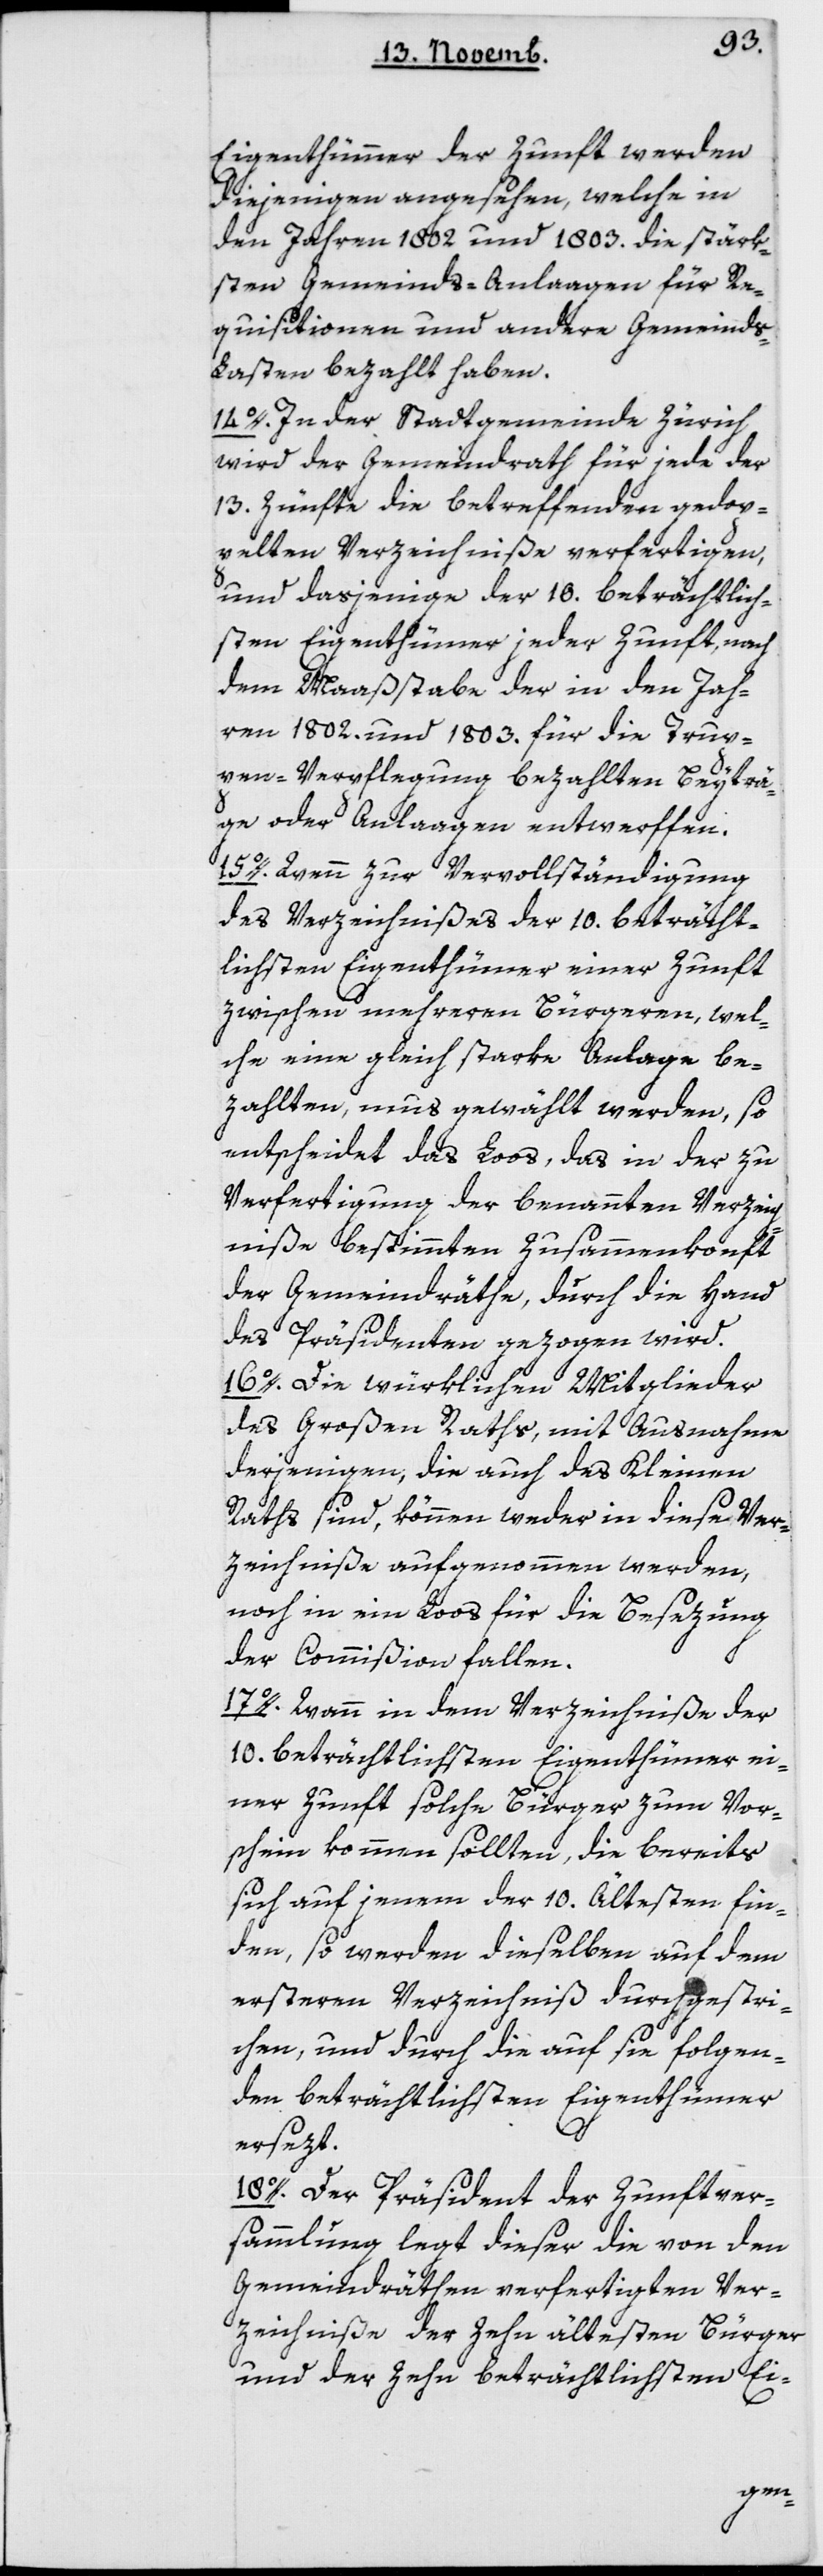
Eigenthümer der Zunft werden
diejenigen angesehen, welche in
den Jahren 1802 und 1803 die stärk¬
sten Gemeinds-Anlagen für Re¬
quisitionen und andere Gemeinds-L¬
asten bezahlt haben.
14. In der Stadtgemeinde Zürich
wird der Gemeindrath für jede der
13 Zünfte die betreffenden gedop¬
pelten Verzeichniße verfertigen,
und dasjenige der 10 beträchtlich¬
sten Eigenthümer jeder Zunft, nach
dem Maaßstabe der in den Jah¬
ren 1802 und 1803 für die Trup¬
pen-Verpflegung bezahlten Beyträ¬
ge oder Anlagen entwerfen.
15. Wenn zur Vervollständigung
des Verzeichnißes der 10 beträcht¬
lichsten Eigenthümer einer Zunft
zwischen mehreren Bürgeren, wel¬
che eine gleich starke Anlage be¬
zahlten, muß gewählt werden, so
entscheidet das Loos, das in der zu
Verfertigung der benannten Verzeich¬
niße bestimmten Zusammenkonft
der Gemeindräthe, durch die Hand
des Präsidenten gezogen wird.
16. Die würklichen Mitglieder
des Großen Raths, mit Ausnahme
derjenigen, die auch des Kleinen
Raths sind, können weder in diese Ver¬
zeichniße aufgenommen werden,
noch in ein Loos für die Besezung
der Commißion fallen.
17. Wann in dem Verzeichniß der
10 beträchtlichsten Eigenthümer ei¬
ner Zunft solche Bürger zum Vor¬
schein kommen sollten, die bereits
sich auf jenem der 10 Ältesten fin¬
den, so werden dieselben auf dem
ersteren Verzeichniß durchgestri¬
chen, und durch die auf sie folgen¬
den beträchtlichsten Eigenthümer
ersezt.
18. Der Präsident der Zunftver¬
sammlung legt dieser die von den
Gemeindräthen verfertigten Ver¬
zeichniße der zehn ältesten Bürger
und der zehn beträchtlichsten Ei-